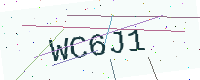
Text: WC6J1